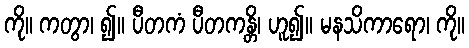
ကို။ ကတွာ၊ ၍။ ပီတကံ ပီတကန္တိ၊ ဟူ၍။ မနသိကာရော၊ ကို။